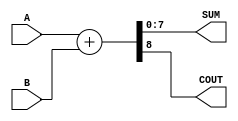
module ParametrizedAdder #(
    parameter WIDTH = 8  // Default bit-width is set to 8
)(
    input  [WIDTH-1:0] A,   // First operand
    input  [WIDTH-1:0] B,   // Second operand
    output [WIDTH-1:0] SUM,  // Sum output
    output COUT              // Carry-out signal
);

    // Behavioral logic for addition
    assign {COUT, SUM} = A + B; // Concatenating COUT with SUM

endmodule